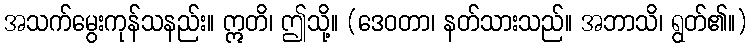
အသက်မွေးကုန်သနည်း။ ဣတိ၊ ဤသို့။ (ဒေဝတာ၊ နတ်သားသည်။ အဘာသိ၊ ရွတ်၏။)